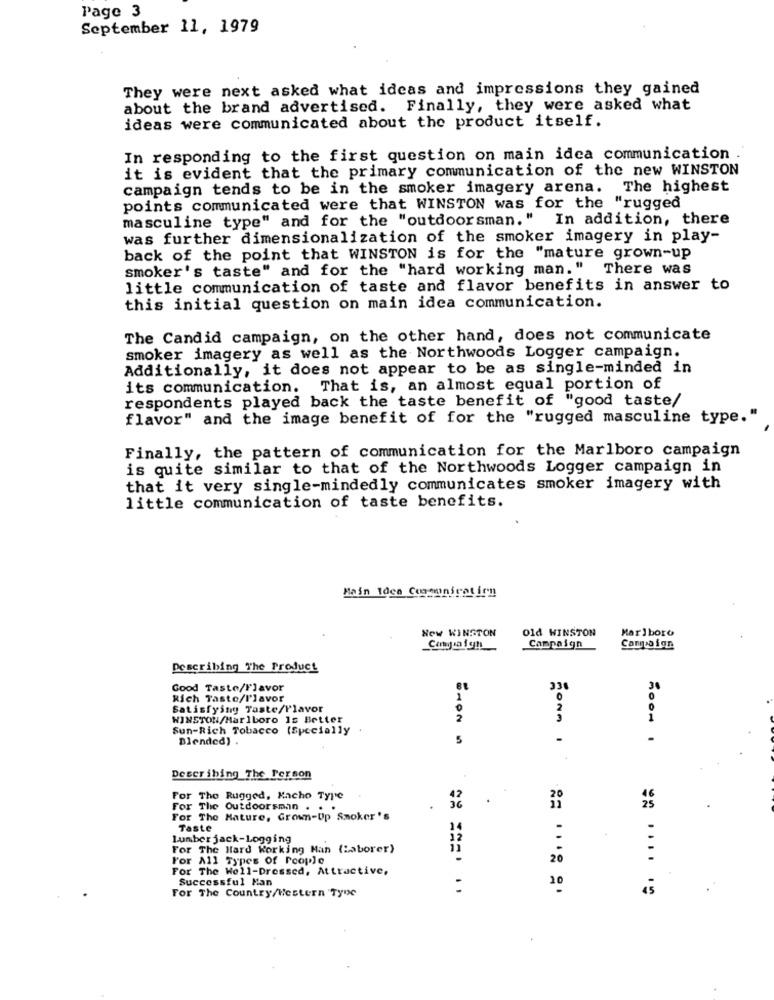
Page 3
September 11, 1979
They were next asked what ideas and impressions they gained
about the brand advertised. Finally, they were asked what
ideas were communicated about the product itself.
In responding to the first question on main idea communication .
it is evident that the primary communication of the new WINSTON
campaign tends to be in the smoker imagery arena. The highest
points communicated were that WINSTON was for the "rugged
masculine type" and for the "outdoorsman." In addition, there
was further dimensionalization of the smoker imagery in play-
back of the point that WINSTON is for the "mature grown-up
smoker's taste" and for the "hard working man." There was
little communication of taste and flavor benefits in answer to
this initial question on main idea communication.
The Candid campaign, on the other hand, does not communicate
smoker imagery as well as the Northwoods Logger campaign.
Additionally, it does not appear to be as single-minded in
its communication. That is, an almost equal portion of
respondents played back the taste benefit of "good taste/
flavor" and the image benefit of for the "rugged masculine type."
Finally, the pattern of communication for the Marlboro campaign
is quite similar to that of the Northwoods Logger campaign in
that it very single-mindedly communicates smoker imagery with
little communication of taste benefits.
Main Idea Crownirat inn
New WINSTON
Old WINSTON
Marlboro
Campaign
Describing The Product
Good Taste/Flavor
33
Rich Taste/l'lavor
Satisfying Taste/Flavor
2
0
WINSTON/Marlboro Is Better
2
Sun-Rich Tobacco (Specially
Blended) .
5
.
Describing The Person
For The Rugged, Kacho Type
For The Outdoorsman . .
For The Mature, Grown-Up Smoker 's
Taste
24
Lumber jack-Logging
For The Hard Working Man (Laborer)
For All Types Of People
20
For The Well-Dressed, Attractive,
Successful Man
For The Country/Western Type